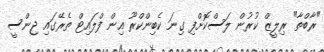
"ރާބްތާ" ރިލީޒް ކުރުން ލަސްކޮށްފި ގިނަ ކެބިންކްރޫ އިން ފްލައިޓް ތެރޭގައި ޖިންސީ